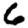
Digit: 6